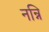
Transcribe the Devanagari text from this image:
नन्नि